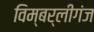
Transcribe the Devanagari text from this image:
विम्बर्लीगंज